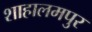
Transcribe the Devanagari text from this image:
शाहालमपुर